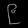
Digit: ၉